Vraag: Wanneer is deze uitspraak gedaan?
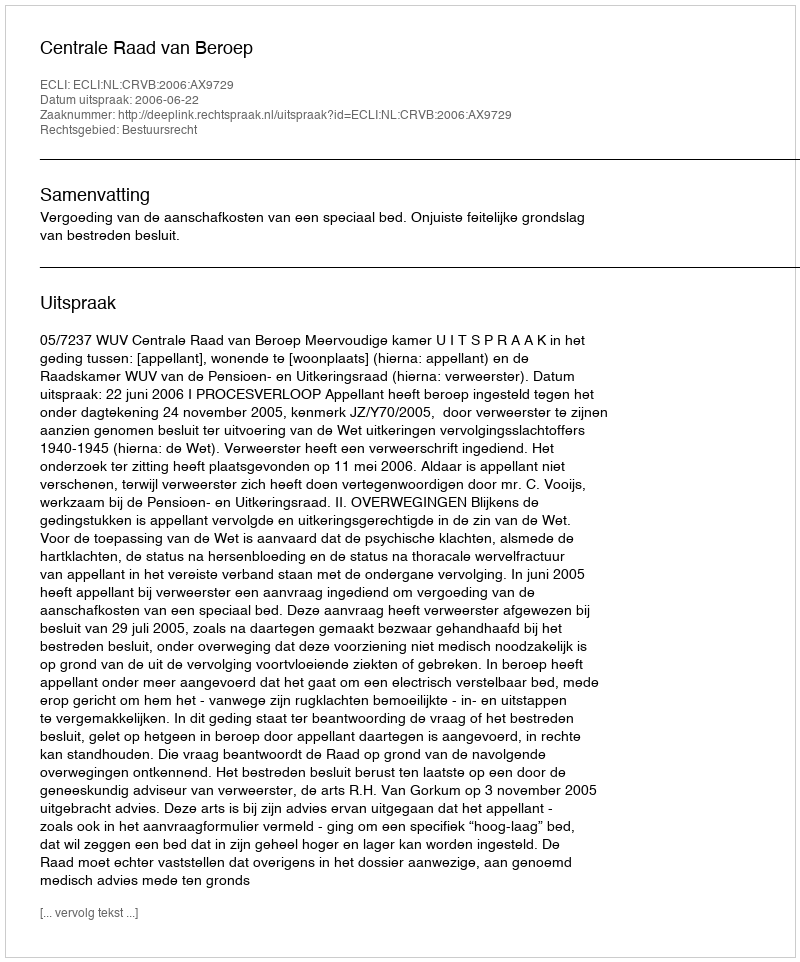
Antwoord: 2006-06-22